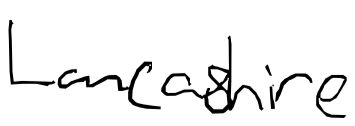
Text: Lancashire
Cross-out: clean
Writing tool: digital_black